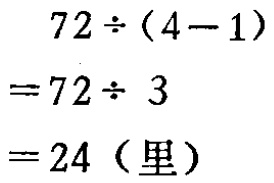
\[
\begin{align*}
&72\div(4 - 1)\\
=&72\div3\\
=&24(\text{里})
\end{align*}
\]